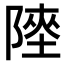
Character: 𨻊